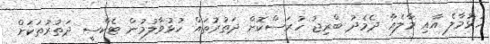
ހުޅުމާލެ އާއި މާލެއާ ދެމެދު ބްރިޖު ހުރަސްކޮށް ދަތުރުތައް ހުޅުވާލުމުން ޓެކްސީ ދަތުރުތަކަށް